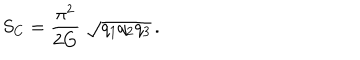
LaTeX: S _ { C } = \frac { \pi ^ { 2 } } { 2 G } \; \sqrt { q _ { 1 } q _ { 2 } q _ { 3 } } \, .